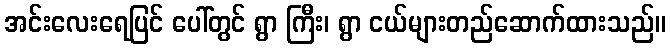
အင်းလေးရေပြင် ပေါ်တွင် ရွာ ကြီး၊ ရွာ ငယ်များတည်ဆောက်ထားသည်။